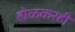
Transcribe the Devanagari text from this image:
होळकरही